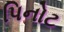
પિનોટ